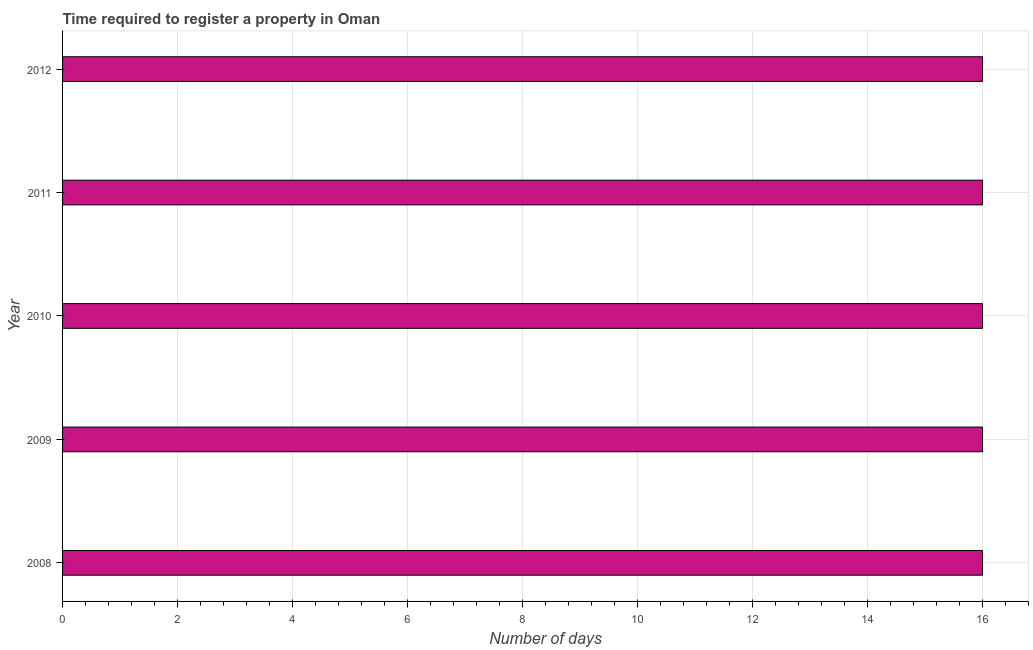
| Year | Register property |
 | --- | --- |
 | 2008 | 16 |
 | 2009 | 16 |
 | 2010 | 16 |
 | 2011 | 16 |
 | 2012 | 16 |